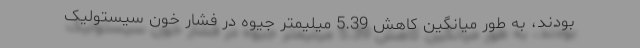
بودند، به طور میانگین کاهش 5.39 میلیمتر جیوه در فشار خون سیستولیک